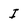
Character: I